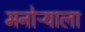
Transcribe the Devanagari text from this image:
मनोऱ्याला